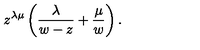
z ^ { \lambda \mu } \left( { \frac { \lambda } { w - z } } + { \frac { \mu } { w } } \right) .